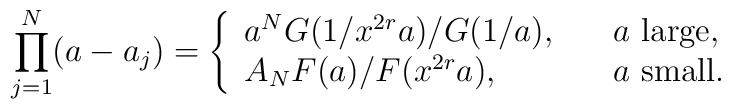
\prod_{j=1}^N(a-a_j)= \left\{ \begin{array}{ll}a^N G(1/x^{2r}a)/G(1/a),& \quad \mbox{$a$ large}, \\A_N F(a)/F(x^{2r}a),& \quad \mbox{$a$ small}.\end{array} \right.